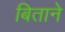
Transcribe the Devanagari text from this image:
बिताने